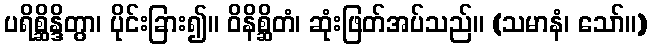
ပရိစ္ဆိန္ဒိတွာ၊ ပိုင်းခြား၍။ ဝိနိစ္ဆိတံ၊ ဆုံးဖြတ်အပ်သည်။ (သမာနံ၊ သော်။)